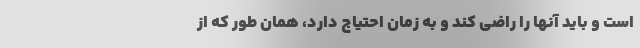
است و باید آنها را راضی کند و به زمان احتیاج دارد، همان طور که از